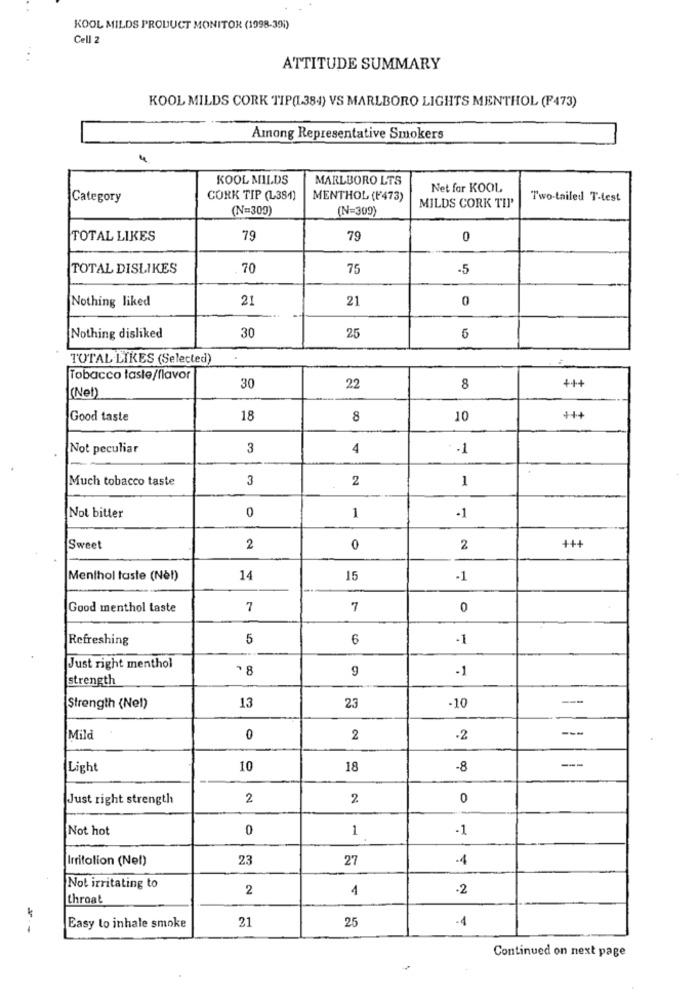
KOOL MILDS PRODUCT MONITOR (1998-391)
Cell 2
ATTITUDE SUMMARY
KOOL MILDS CORK TIP(I-384) VS MARLBORO LIGHTS MENTHOL (F473)
Among Representative Smokers
KOOL MILDS
MARLBORO LTS
Net for KOOL
Category
CORK TIP (L384)
MENTHOL (F'473)
Two-tailed T-test
(N=309)
(N=309)
MILDS CORK TIP
TOTAL LIKES
79
79
0
TOTAL DISLIKES
70
75
-5
Nothing liked
21
21
0
Nothing disliked
30
25
5
TOTAL LIKES (Selected)
Tobacco taste/flavor
+++
30
22
8
(Net)
Good taste
18
8
10
++4
Not peculiar
3
4
-1
Much tobacco taste
3
2
1
0
Not bitter
1
-1
Sweet
2
0
2
+++
Menthol taste (Not)
14
15
-1
Good menthol taste
7
7
0
Refreshing
5
6
-1
Just right menthol
00
9
1
strength
---
Strength (Nel)
13
23
-10
---
Mild
0
2
-2
---
Light
10
18
-8
Just right strength
2
2
0
Not hot
0
1
-1
Irritation (Nel)
23
27
1
Not irritating to
2
4
-2
throat
21
25
-4
Easy to inhale smoke
Continued on next page